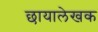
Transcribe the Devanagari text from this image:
छायालेखक